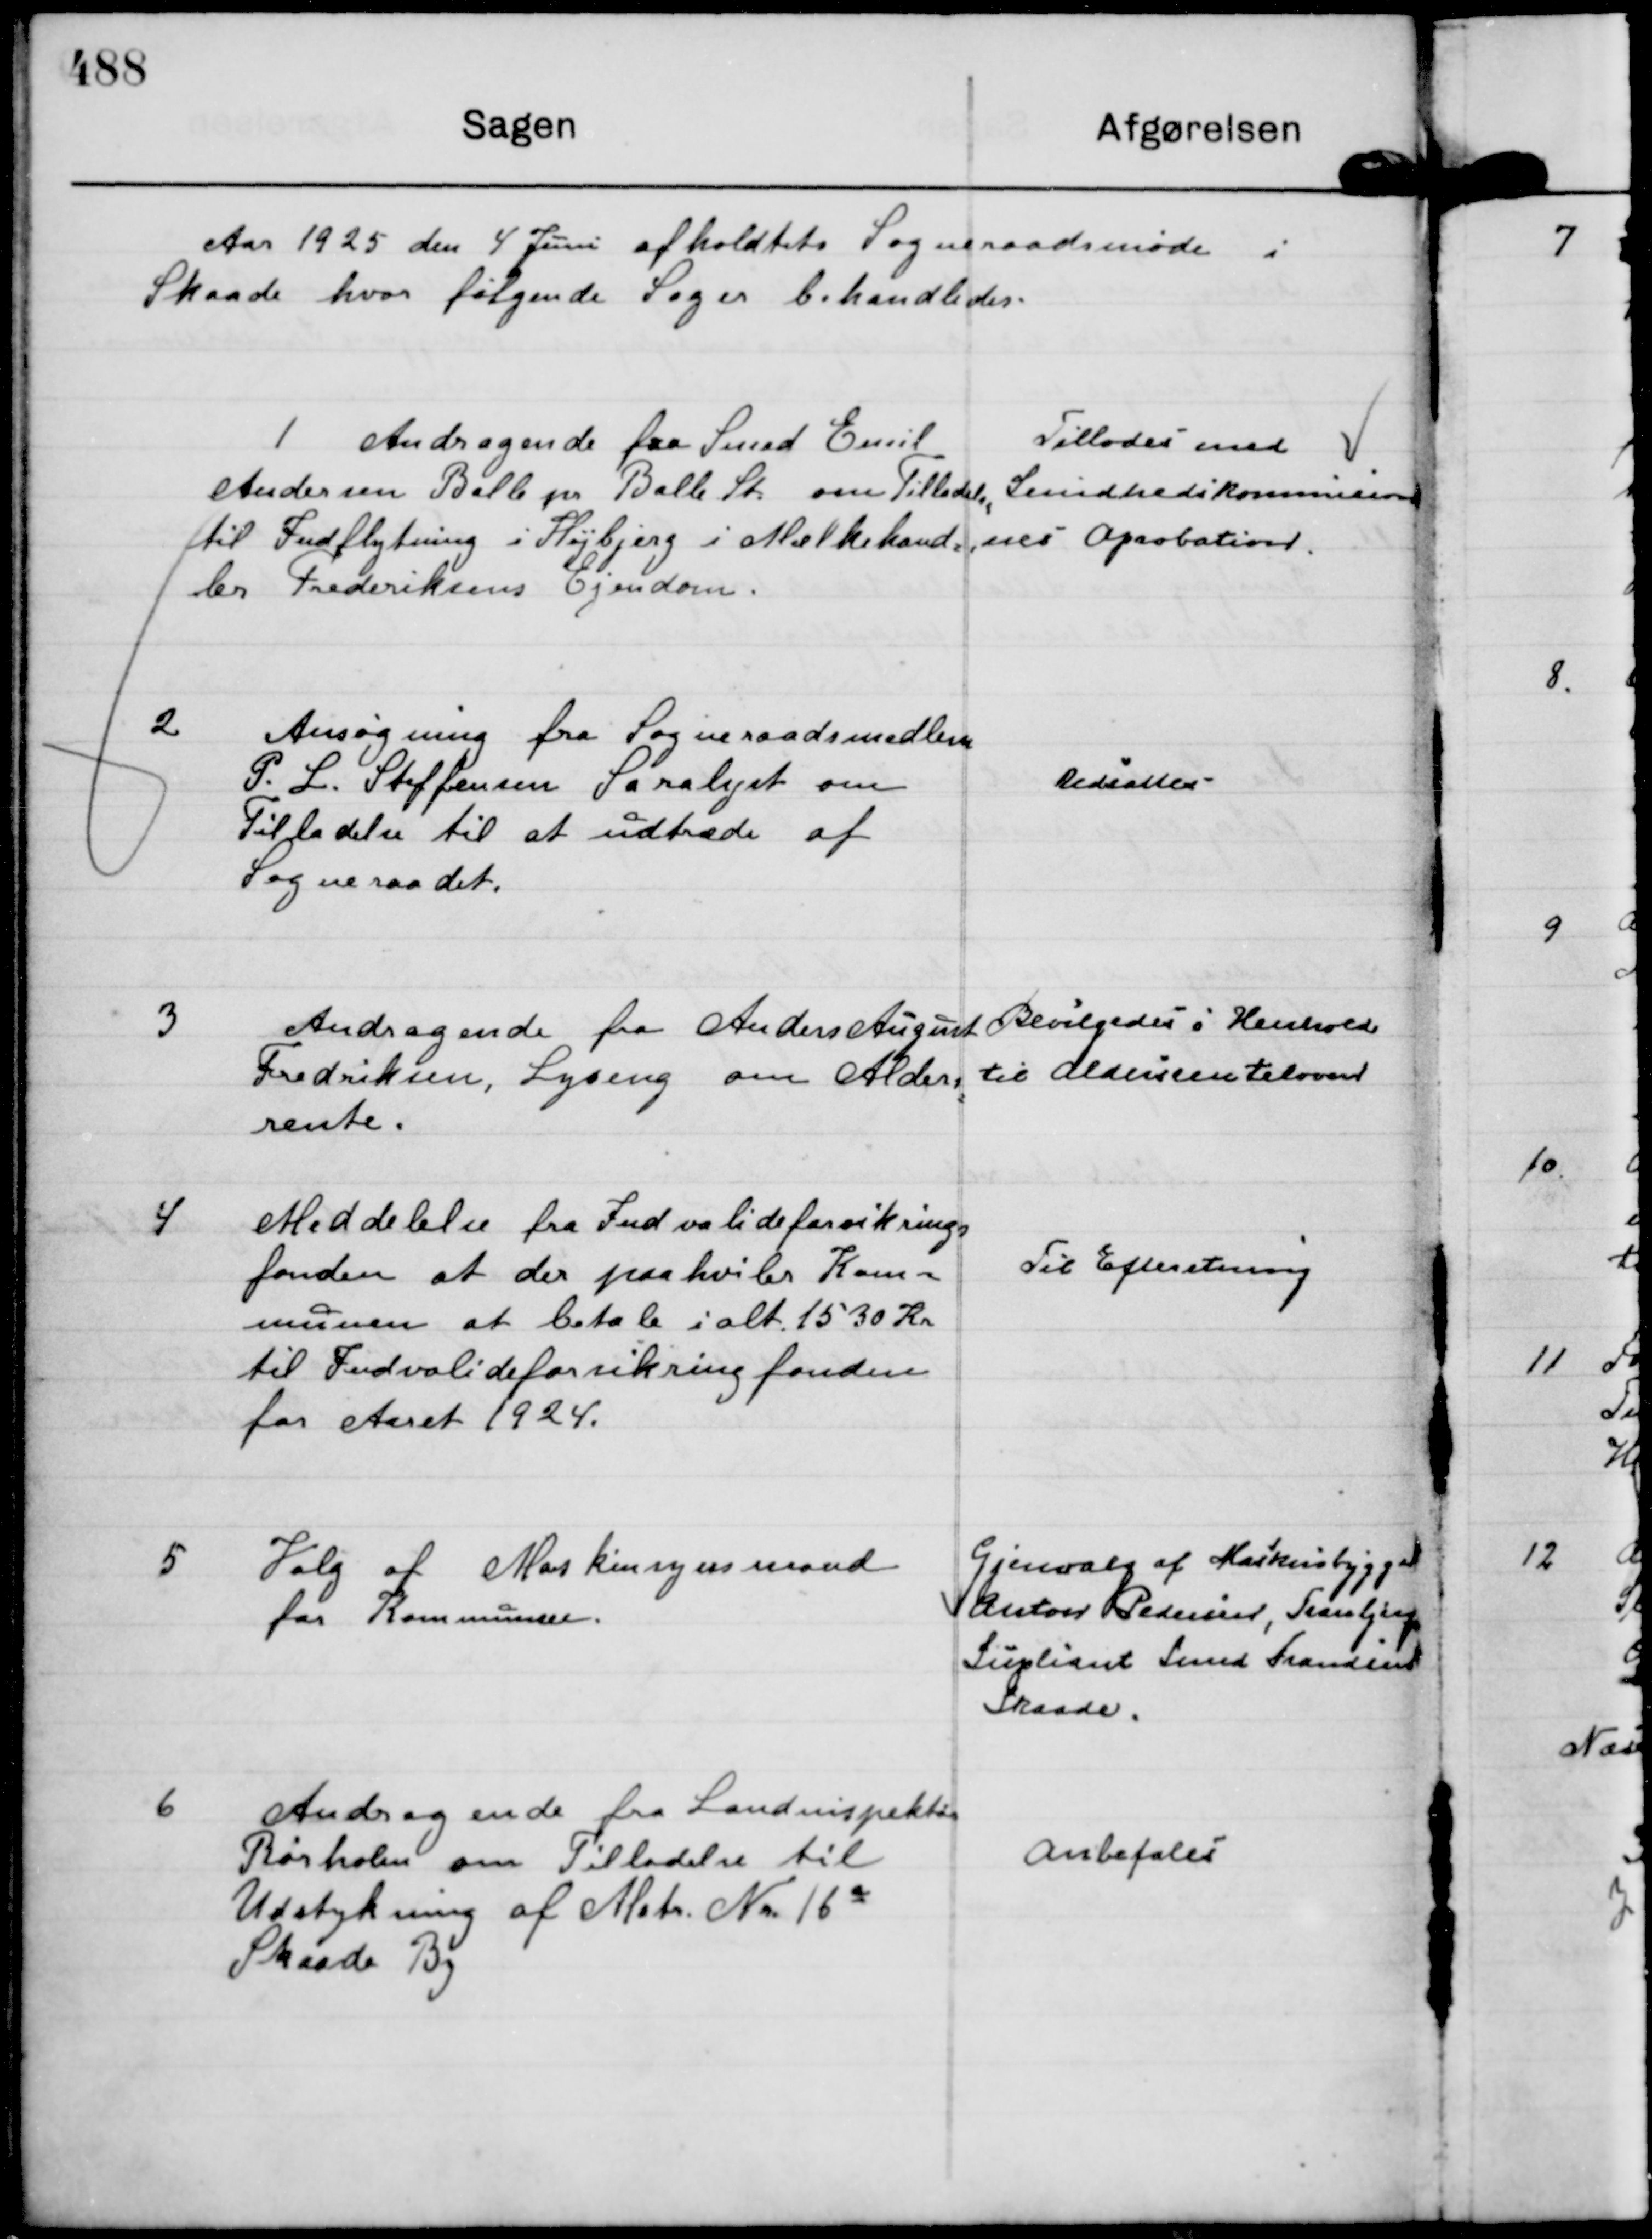
Transskription:
Aar 1925 den 4 Juni afholdtets Sogneraadsmøde i
Skaade hvor følgende Sager behandledes.

1
Andragende fra Smed Emil
Andersen Balle pr Balle St. om Tilladelse
til Indflytning i Højbjerg i Mælkehand=
ler Frederiksens Ejendom.

Tillodes med
Sundhedskommision
nes Aprobation.

2.
Ansøgning fra Sogneraadsmedlem
P. L. Steffensen Saralyst om
Tilladelse til at udtræde af
Sogneraadet.

Udsattes

3
Andragende fra Anders August  
Frederiksen, Lyseng om Alders=
rente.

Bevilgedes i Henhold
til Aldersrenteloven

4
Meddelelse fra Indvalideforsikrings
fonden at der paahviler Kom=
munen at betale ialt. 1530 Kr
til Indvalideforsikringsfonden
for Aaret 1924.

Til Efteretning

5
Valg af Maskinsynsmand
for Kommunen.

Gjenvalg af Maskinbygger
Anton Pedersen, Tranbjerg
Supliant Smed Frandsen
Skaade.

6
Andragende fra Landinspektør
Rørholm om Tilladelse til
Udstykning af Matr. Nr. 16 a
Skaade By

Anbefales